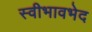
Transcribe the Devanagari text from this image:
स्वीभावभेद